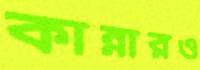
কান্নারও